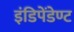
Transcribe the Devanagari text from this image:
इंडिपेंडेण्ट